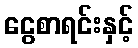
ငွေစာရင်းနှင့်